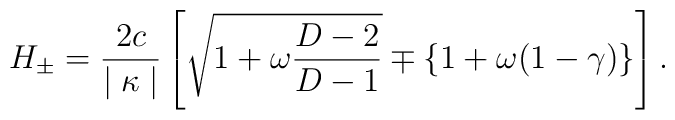
H_{\pm} =  \frac{2c}{\mid \kappa \mid} \left[ \sqrt{1 + \omega   \frac{D-2}{D-1}} \mp \{ 1 + \omega (1-\gamma) \} \right] .